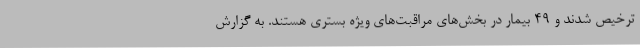
ترخیص شدند و 49 بیمار در بخش‌های مراقبت‌های ویژه بستری هستند. به گزارش